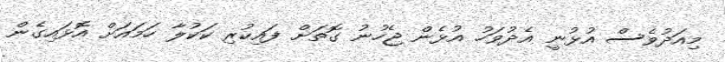
މިއަދުވެސް އުޅުނީ އެދުވަހު އުޅެން ޖެހުނު ގޮތަށް ފައިކުރި ކަކުލާ ހަމައަށް އޮޅައިގެން